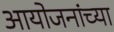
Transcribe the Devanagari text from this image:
आयोजनांच्‍या